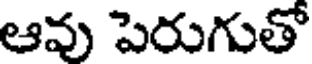
ఆవు పెరుగుతో